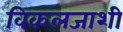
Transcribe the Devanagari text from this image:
विकलजाशी